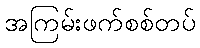
အကြမ်းဖက်စစ်တပ်